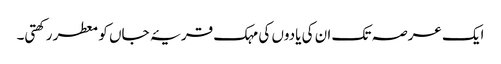
ایک عرصہ تک ان کی یادوں کی مہک قریۂ جاں کو معطر رکھتی۔